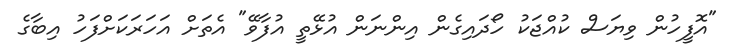
"އޮފީހުން ވިޔަސް ކުއްޖަކު ހޯދައިގެން އިންނަން އުޅޭތީ އުފާވޭ" އެތަށް އަހަރަކަށްފަހު އިބާގެ